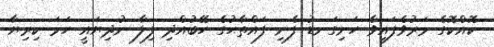
ކޮއްކޮގެ މަރުވެފައިވާ ހަށިގަނޑު ފެނި ފައްތާޙުގެ ހޭބުއްދި ފިލާ ނުދިޔައީ ހަމަ ކިރިޔާ